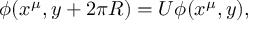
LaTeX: \phi ( x ^ { \mu } , y + 2 \pi R ) = U \phi ( x ^ { \mu } , y ) ,